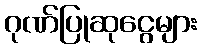
ဂုဏ်ပြုဆုငွေများ